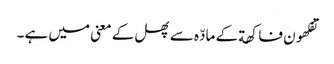
تفکھون فاکھة کے مادّہ سے پھل کے معنی میں ہے ۔